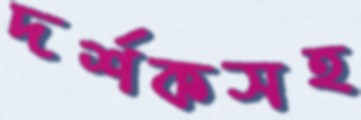
দর্শকসহ